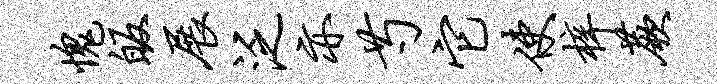
愧皈展泛亦芍它使梓蕨